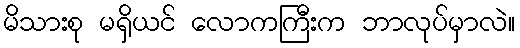
မိသားစု မရှိယင် လောကကြီးက ဘာလုပ်မှာလဲ။